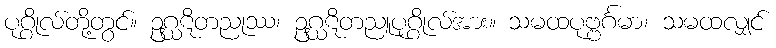
ပုဂ္ဂိုလ်တို့တွင်။ ဥဂ္ဃဋိတညုဿ၊ ဥဂ္ဃဋိတညူပုဂ္ဂိုလ်အား။ သမထပုဗ္ဗင်္ဂမာ၊ သမထလျှင်